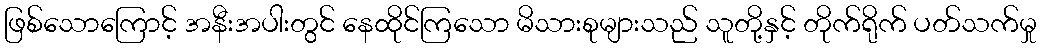
ဖြစ်သောကြောင့် အနီးအပါးတွင် နေထိုင်ကြသော မိသားစုများသည် သူတို့နှင့် တိုက်ရိုက် ပတ်သက်မှု